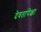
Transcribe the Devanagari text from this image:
देवतांपेक्षा